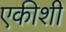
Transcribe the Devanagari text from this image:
एकीशी